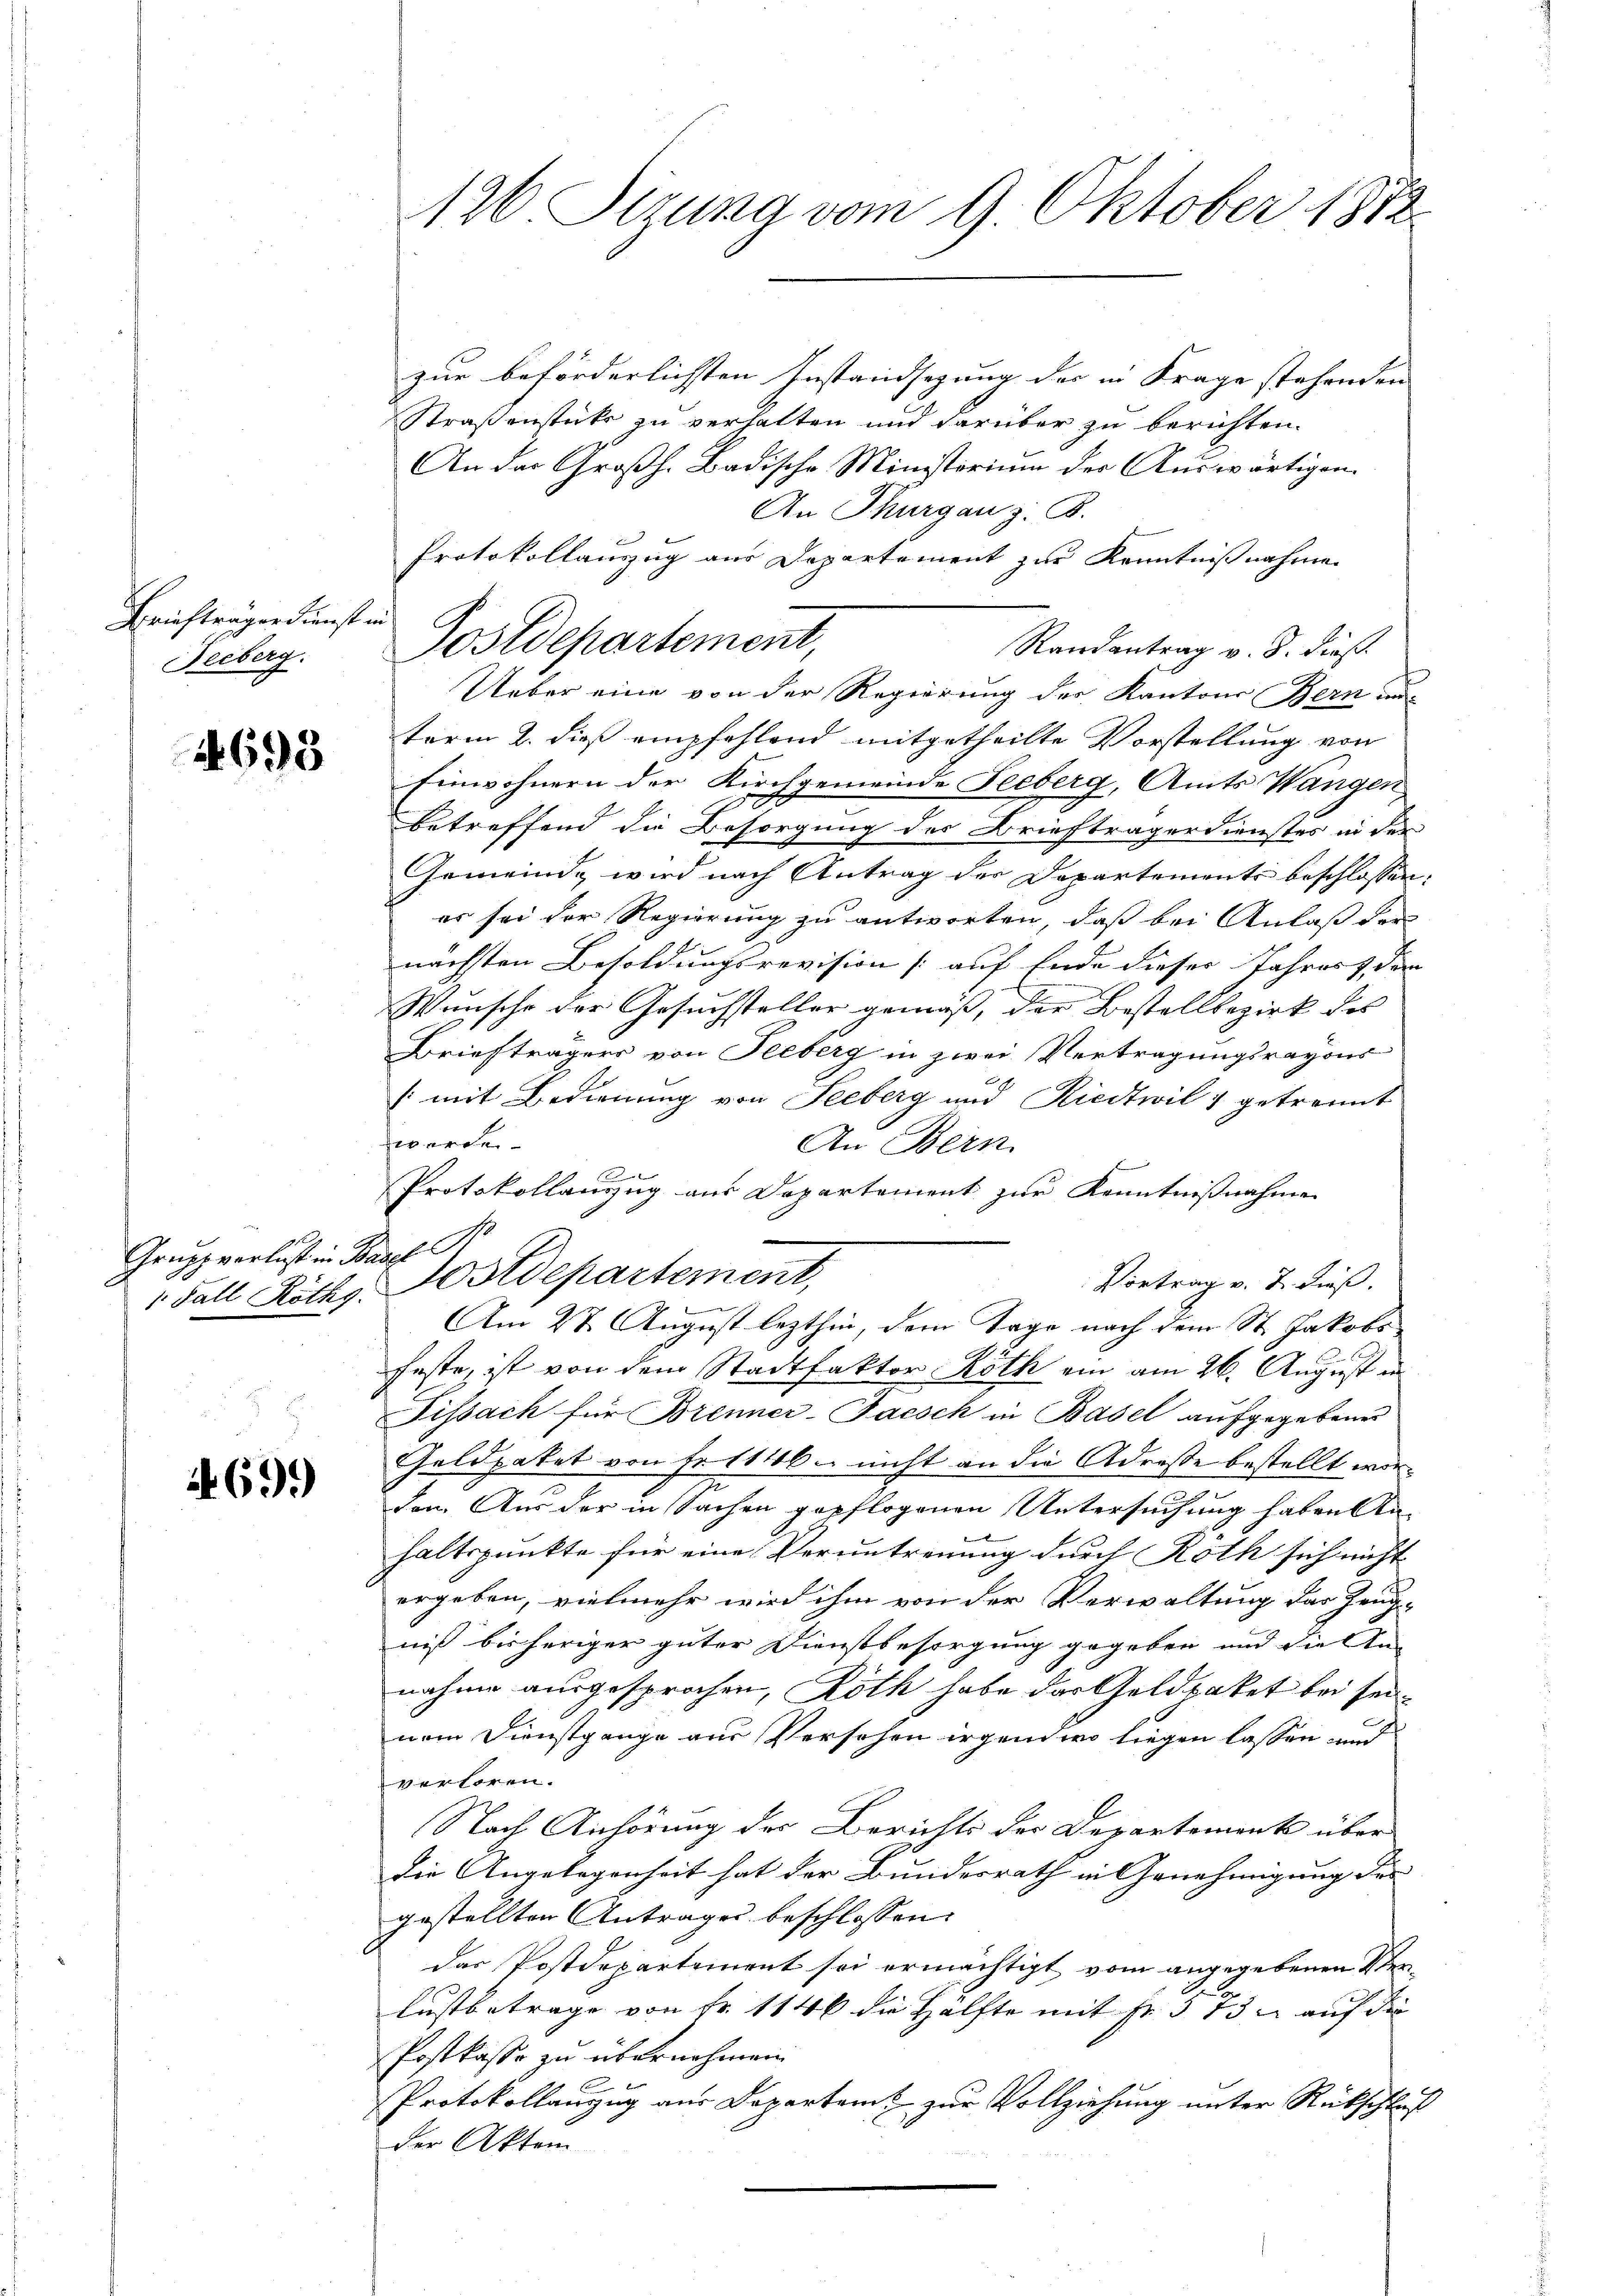
Berichträger Dienst in
Jecberg.

4698

Grupp verlust in Basel

69.)

126 Sizung vom 9. Oktober 1872.

zur beförderlichsten Instandsezung der in Frage stehenden
Straßenstücke zu verhalten und darüber zu berichten.
An das Großh. Badische Ministorium der Auswärtigen¬
An Thurgau z. B.
Protokollanzug aus Departement zur Kenntnißnahmen
Randantrag v. 8. dieß.
Ueber eine von der Regierung der Kantons Bern im
term 2. dieß empfehlend mitgetheilte Vorstellung von
Einwohnern der Kirchgemeinde Seeberg, Amts Wangen,
betreffend die Besorgung des Briefträgerdienstes in der
Gemeinde wird nach Antrag der Departements beschlossen:
er sei der Regierung zu antworten, daß bei Anlaß der
nächsten Besoldungsrevision [auf Ende dieser Jahres den
Wunsche der Gesuchsteller gemäß, der Bestellbezirk des
Briefträgers von Seeberg in zwei Vertragungsrayons
[mit Bedienung von Seeberg und Riedtwil getrennt
werden.
An Bern.
e
Protokollanzug aus Departement zur Kenntnißnahme
Vortrag v. 7. dieß.
1. Fall Rithg. Postdepartement,
e
Am 27. August lezthin, dem Tage nach dem St. Jakobs
feste, ist von dem Stadtfaktor Röth ein am 26. August in
Tissach für Brenner-Tacsch in Basel aufgegebenes
Geldpaket von Fr. 1116. nicht an die Adresse bestellt worden. Aus der in Sachen gepflogenen Untersuchung haben Anx
haltspunkte für eine Veruntreuung durch Röth sich nicht
ergeben, vielmehr wird ihm von der Verwaltung der Zeugniß bisheriger güter Dienstbesorgung gegeben und die In-
nahme ausgesprochen, Roth habe das Geldpaket bei sei
nem Dienstgange aus Versehen irgend wo liegen lassen und
verloren.
Nach Anhörung der Berichts der Departement über
die Angelegenheit hat der Bundesrath in Genehmigung des
gestellten Antrages beschlossen:
das Postdepartement sei ermächtigt vom angegebenen Verlustbetrage von Fr. 1146 die Hälfte mit Fr. 573 u auf die
Postkasse zu übernehmen.
Protokollanzug aus Departamt zur Vollziehung unter Rückschluß
der Aktem

Postdepartement,